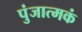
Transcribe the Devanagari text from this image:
पुंजात्मकं